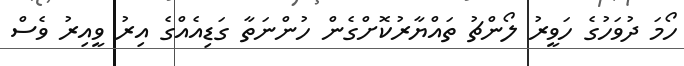
ހޯމަ ދުވަހުގެ ހަވީރު ލޯންޗު ތައްޔާރުކޮށްގެން ހުންނަތާ ގަޑިއެއްގެ އިރު ވީއިރު ވެސް